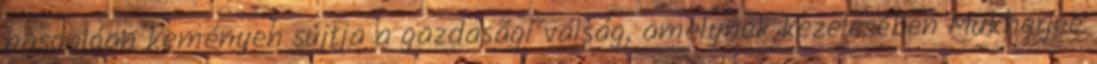
hasonlóan keményen sújtja a gazdasági válság, amelynek kezelésében Mukherjee